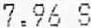
7.96 S